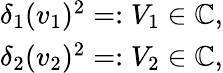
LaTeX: \begin{array}{r}{\delta_{1}(v_{1})^{2}=:V_{1}\in\mathbb{C},}\\ {\delta_{2}(v_{2})^{2}=:V_{2}\in\mathbb{C},}\end{array}